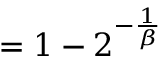
= 1 - 2 ^ { - { \frac { 1 } { \beta } } }